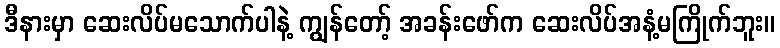
ဒီနားမှာ ဆေးလိပ်မသောက်ပါနဲ့ ကျွန်တော့် အခန်းဖော်က ဆေးလိပ်အနံ့မကြိုက်ဘူး။